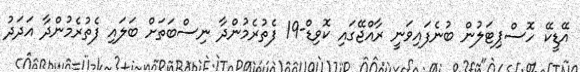
އޭޑީކޭ ހޮސްޕިޓަލުން ބުނެފައިވަނީ ރާއްޖޭގައި ކޮވިޑް-19 ފެތުރެމުންދާ ނިސްބަތަށް ބަލައި ފެތުރެމުންދާ އަދަދު